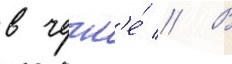
в чечн'е́ // В